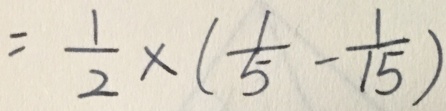
= \frac { 1 } { 2 } \times ( \frac { 1 } { 5 } - \frac { 1 } { 1 5 } )